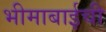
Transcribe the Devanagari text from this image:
भीमाबाईची